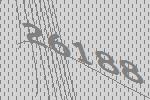
26188